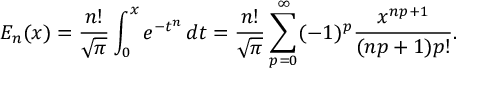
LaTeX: E _ { n } ( x ) = { \frac { n ! } { \sqrt { \pi } } } \int _ { 0 } ^ { x } e ^ { - t ^ { n } } \, d t = { \frac { n ! } { \sqrt { \pi } } } \sum _ { p = 0 } ^ { \infty } ( - 1 ) ^ { p } { \frac { x ^ { n p + 1 } } { ( n p + 1 ) p ! } } .